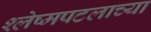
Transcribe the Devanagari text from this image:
श्लेष्मपटलाच्या